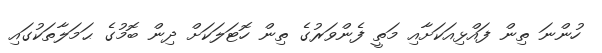
ހުންނަ ތިން ފައްޅިއަކަށާއި މަތީ ފެންވަރުގެ ތިން ހޮޓަލަކަށް ދިން ބޮމުގެ ޙަމަލާތަކުގައި